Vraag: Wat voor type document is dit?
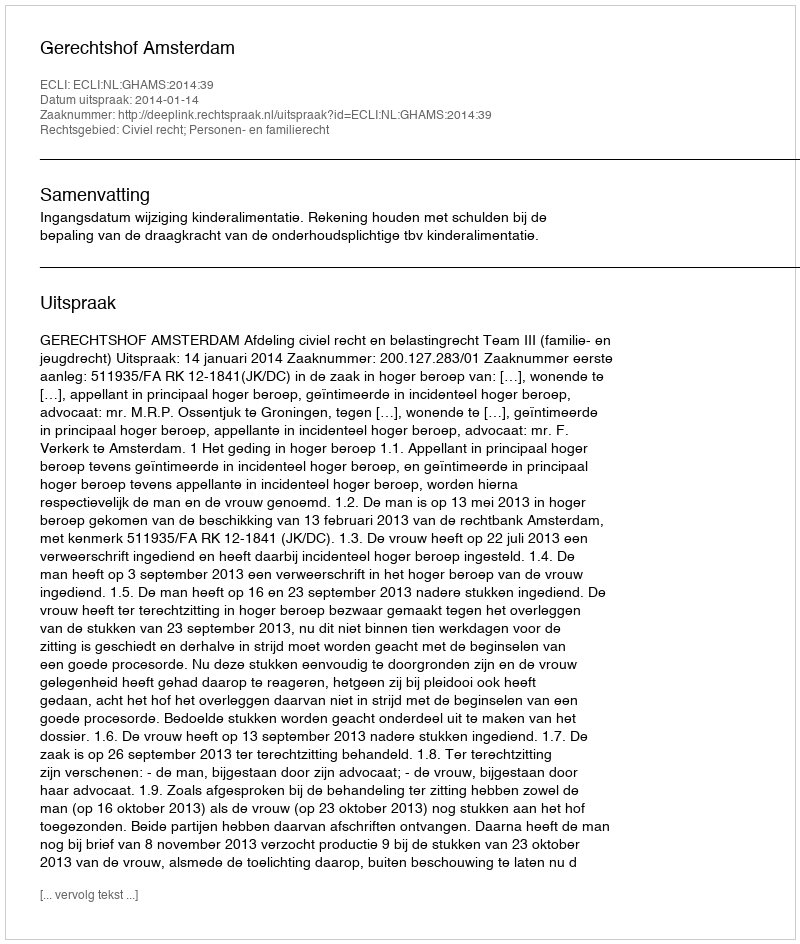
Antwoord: Uitspraak